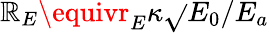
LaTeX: \mathbb{R}_{E}\equivr_{E}\kappa\sqrt{}{{E_{0}/E_{a}}}